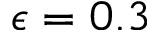
\epsilon = 0 . 3